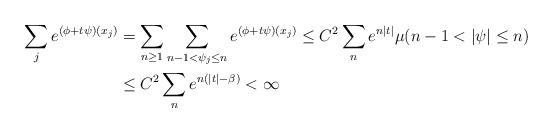
LaTeX: \begin{align*}\sum_{j}e^{(\phi+t\psi)(x_j)} &=\sum_{n\ge1}\sum_{n-1< \psi_j\le n}e^{(\phi+t\psi)(x_j)}\le C^2\sum_ne^{n|t|} \mu(n-1<|\psi|\le n)\\&\le C^2\sum_ne^{n(|t|-\beta)} <\infty\end{align*}